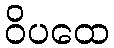
ဝိပထေ